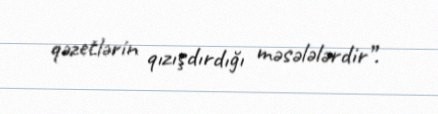
qəzetlərin qızışdırdığı məsələlərdir”.